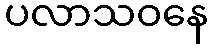
ပလာသဝနေ